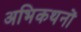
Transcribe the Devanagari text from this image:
अभिकथनों